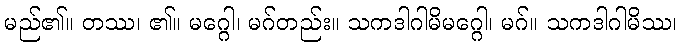
မည်၏။ တဿ၊ ၏။ မဂ္ဂေါ၊ မဂ်တည်း။ သကဒါဂါမိမဂ္ဂေါ၊ မဂ်။ သကဒါဂါမိဿ၊